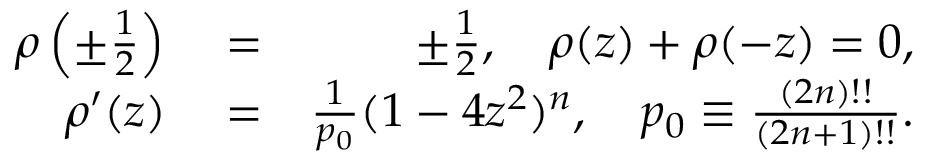
\begin{array} { r l r } { \rho \left( \pm \frac { 1 } { 2 } \right) } & { { } = } & { \pm \frac { 1 } { 2 } , \quad \rho ( z ) + \rho ( - z ) = 0 , } \\ { \rho ^ { \prime } ( z ) } & { { } = } & { \frac { 1 } { p _ { 0 } } ( 1 - 4 z ^ { 2 } ) ^ { n } , \quad p _ { 0 } \equiv \frac { ( 2 n ) ! ! } { ( 2 n + 1 ) ! ! } . } \end{array}